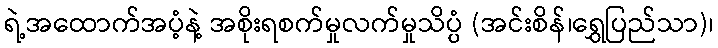
ရဲ့အထောက်အပံ့နဲ့ အစိုးရစက်မှုလက်မှုသိပ္ပံ (အင်းစိန်၊ရွှေပြည်သာ)၊